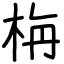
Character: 栴